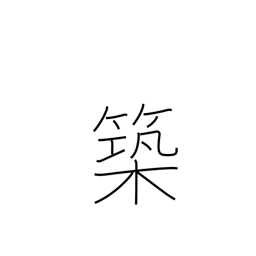
Meaning: fabricate